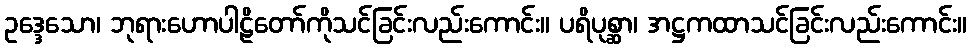
ဥဒ္ဒေသော၊ ဘုရားဟောပါဠိတော်ကိုသင်ခြင်းလည်းကောင်း။ ပရိပုစ္ဆာ၊ အဋ္ဌကထာသင်ခြင်းလည်းကောင်း။